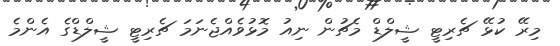
މިރޭ ކުޅޭ ޗެރިޓީ ޝީލްޑް މެޗުން ނިއު މޮޅުވެއްޖެނަމަ ޗެރިޓީ ޝީލްޑްގެ އެންމެ